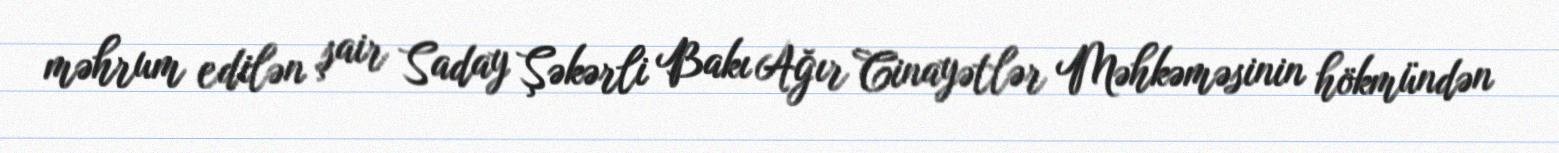
məhrum edilən şair Saday Şəkərli Bakı Ağır Cinayətlər Məhkəməsinin hökmündən